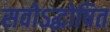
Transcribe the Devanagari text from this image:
सवोऽद्घोषित